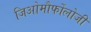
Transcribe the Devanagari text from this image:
जिओमौर्फोलोजी